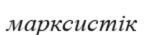
марксистік